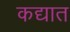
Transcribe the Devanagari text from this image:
कद्यात